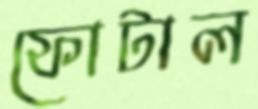
ফোটাল